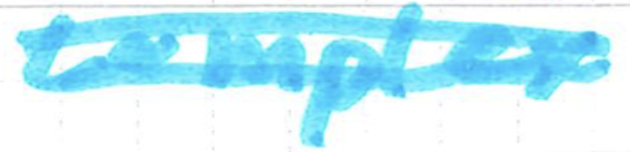
Text: complex
Cross-out: double-line
Writing tool: marker